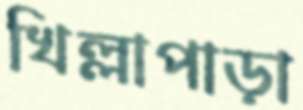
খিল্লাপাড়া